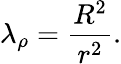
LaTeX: \lambda_{\rho}=\frac{R^{2}}{r^{2}}.